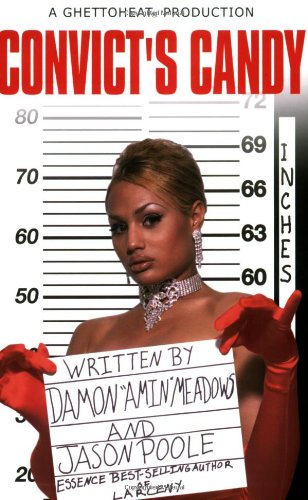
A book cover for Convict's Candy; Damon Meadows; Romance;